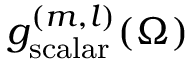
g _ { \mathrm { s c a l a r } } ^ { ( m , l ) } ( \Omega )